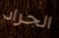
الجراد